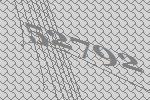
52792